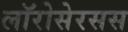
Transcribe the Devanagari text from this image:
लॉरोसेरसस